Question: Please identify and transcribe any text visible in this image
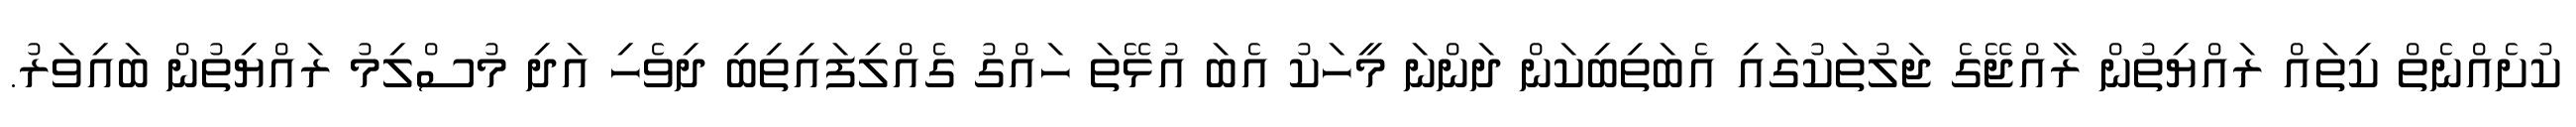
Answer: ކުށެއްނެތް ކިތައް ރައްޔިތުން ރާއްޖޭގެ ޖަލުތަކުގައި އެބަތިބިކަން ދަންނަ މީހަކު އެބަ އުޅޭތަ ހައްގު ގެއްލިފައިތިބި ދިވެހި އަދި މުސްލިމު ރައްޔިތުން ބައިވަރު.